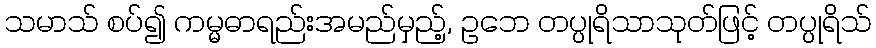
သမာသ် စပ်၍ ကမ္မဓာရည်းအမည်မှည့်, ဥဘေ တပ္ပုရိသာသုတ်ဖြင့် တပ္ပုရိသ်